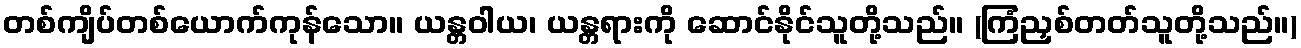
တစ်ကျိပ်တစ်ယောက်ကုန်သော။ ယန္တဝါယ၊ ယန္တရားကို ဆောင်နိုင်သူတို့သည်။ (ကြံညှစ်တတ်သူတို့သည်။)